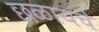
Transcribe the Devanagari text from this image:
छळायचे